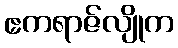
ဧကရာဇ်လျိုက